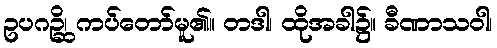
ဥပဂဉ္ဆိ၊ ကပ်တော်မူ၏။ တဒါ၊ ထိုအခါ၌။ ခီဏာသဝါ၊